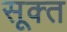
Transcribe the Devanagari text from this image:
सूक्‍त